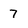
Character: 7